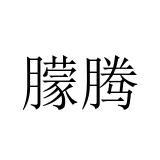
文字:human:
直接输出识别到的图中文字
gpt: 朦腾